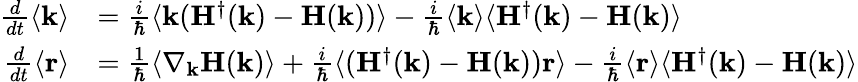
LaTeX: \begin{array}{rl}{\frac{d}{dt}\langle\mathbf{k}\rangle}&{=\frac{i}{\hbar}\langle\mathbf{k}(\mathbf{H}^{\dagger}(\mathbf{k})-\mathbf{H}(\mathbf{k}))\rangle-\frac{i}{\hbar}\langle\mathbf{k}\rangle\langle\mathbf{H}^{\dagger}(\mathbf{k})-\mathbf{H}(\mathbf{k})\rangle}\\ {\frac{d}{dt}\langle\mathbf{r}\rangle}&{=\frac{1}{\hbar}\langle\nabla_{\mathbf{k}}\mathbf{H}(\mathbf{k})\rangle+\frac{i}{\hbar}\langle(\mathbf{H}^{\dagger}(\mathbf{k})-\mathbf{H}(\mathbf{k}))\mathbf{r}\rangle-\frac{i}{\hbar}\langle\mathbf{r}\rangle\langle\mathbf{H}^{\dagger}(\mathbf{k})-\mathbf{H}(\mathbf{k})\rangle}\end{array}